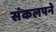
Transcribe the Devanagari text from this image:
संकलपने